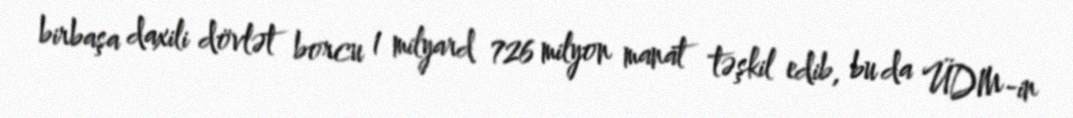
birbaşa daxili dövlət borcu 1 milyard 726 milyon manat təşkil edib, bu da ÜDM-in